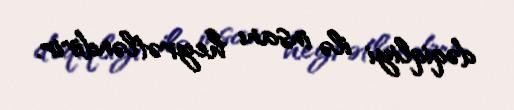
dəqiqliyi ilə insanı heyrətləndirir.